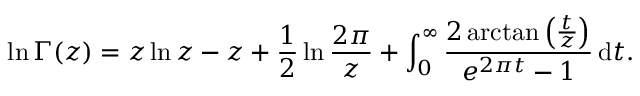
\ln \Gamma ( z ) = z \ln z - z + { \frac { 1 } { 2 } } \ln { \frac { 2 \pi } { z } } + \int _ { 0 } ^ { \infty } { \frac { 2 \arctan \left( { \frac { t } { z } } \right) } { e ^ { 2 \pi t } - 1 } } \, \mathrm { { d } } t .